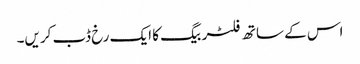
اس کے ساتھ فلٹر بیگ کا ایک رخ ڈب کریں۔